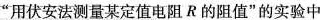
”用伏安法测量某定值电阻R的阻值”的实验中